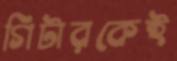
গিটারকেই